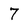
Character: 7